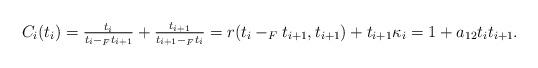
LaTeX: \begin{align*}C_i(t_i)=\tfrac{t_i}{t_i-_F t_{i+1}}+\tfrac{t_{i+1}}{t_{i+1}-_F t_i}=r(t_i-_F t_{i+1},t_{i+1})+t_{i+1}\kappa_i=1+a_{12}t_it_{i+1}.\end{align*}